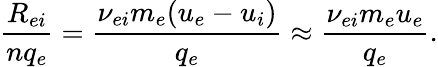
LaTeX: \frac{R_{ei}}{nq_{e}}=\frac{\nu_{ei}m_{e}(u_{e}-u_{i})}{q_{e}}\approx\frac{\nu_{ei}m_{e}u_{e}}{q_{e}}.